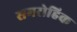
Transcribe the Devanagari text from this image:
समरोहिक